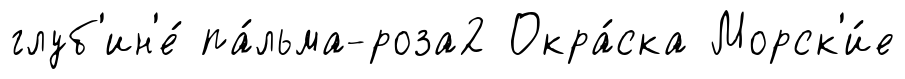
глуб'ин'е́ па́льма-роза2 Окра́ска Морск'и́е